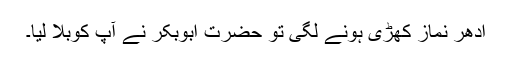
ادھر نماز کھڑی ہونے لگی تو حضرت ابوبکر نے آپ کوبلا لیا۔